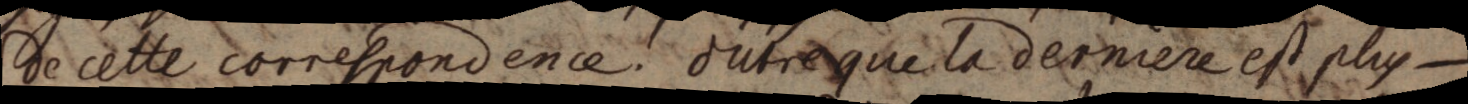
dde cette correspondence: outre que la derniere est plus